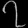
Digit: ၇